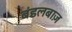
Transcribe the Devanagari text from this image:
बंडलबाज़